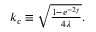
\begin{array} { r } { k _ { c } \equiv \sqrt { \frac { 1 - e ^ { - 2 \gamma } } { 4 \lambda } } . } \end{array}